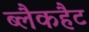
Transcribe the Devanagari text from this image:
ब्लैकहैट